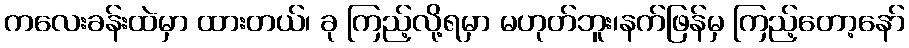
ကလေးခန်းထဲမှာ ထားတယ်၊ ခု ကြည့်လို့ရမှာ မဟုတ်ဘူး၊နက်ဖြန်မှ ကြည့်တော့နော်